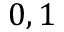
0 , 1